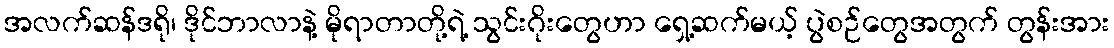
အလက်ဆန်ဒရို၊ ဒိုင်ဘာလာနဲ့ မိုရာတာတို့ရဲ့ သွင်းဂိုးတွေဟာ ရှေ့ဆက်မယ့် ပွဲစဉ်တွေအတွက် တွန်းအား